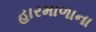
હારમાળાના